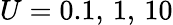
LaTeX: U=0.1,\, 1,\, 10